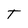
Character: T